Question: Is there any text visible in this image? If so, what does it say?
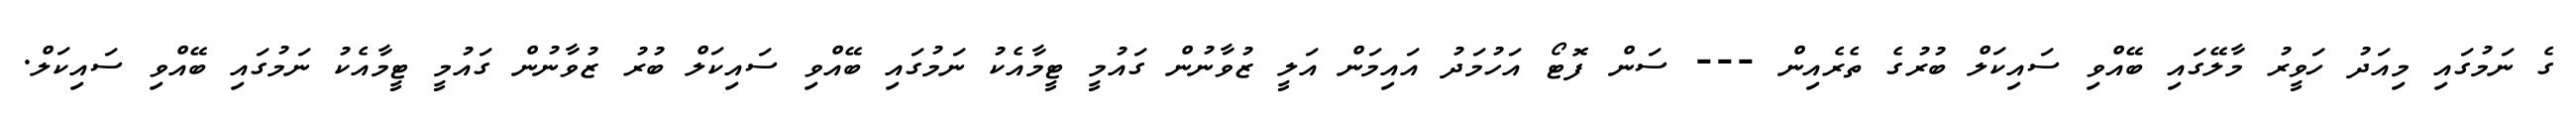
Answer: ގެ ނަމުގައި މިއަދު ހަވީރު މާލޭގައި ބޭއްވި ސައިކަލް ބުރުގެ ތެރެއިން --- ސަން ފޮޓޯ އަހުމަދު އައިމަން އަލީ ޒުވާނުން ގައުމީ ޓީމާއެކު ނަމުގައި ބޭއްވި ސައިކަލް ބުރު ޒުވާނުން ގައުމީ ޓީމާއެކު ނަމުގައި ބޭއްވި ސައިކަލް.